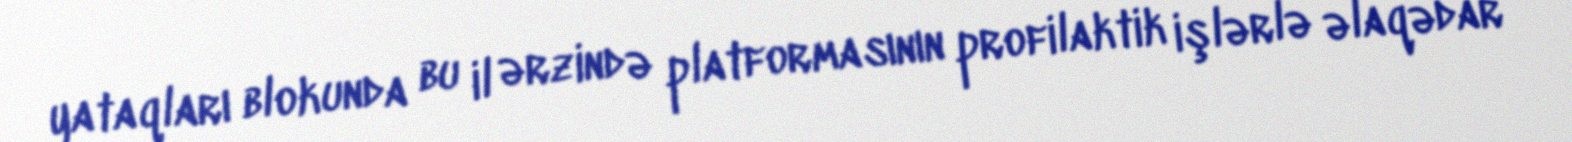
yataqları blokunda bu il ərzində platformasının profilaktik işlərlə əlaqədar